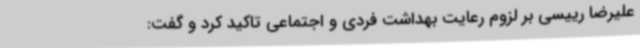
علیرضا رییسی بر لزوم رعایت بهداشت فردی و اجتماعی تاکید کرد و گفت: